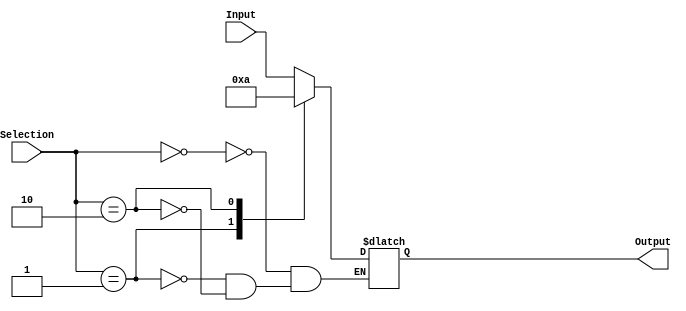
`timescale 1ns / 1ps
//////////////////////////////////////////////////////////////////////////////////
// Company: 
// Engineer: 
// 
// Design Name: 
// Module Name:    InputOrZeroMux 
// Project Name: 
// Target Devices: 
// Tool versions: 
// Description: 
//
// Dependencies: 
//
// Revision: 
// Revision 0.01 - File Created
// Additional Comments: 
//
//////////////////////////////////////////////////////////////////////////////////
module Mux_MemDest(
    input [15:0] Input,
    output reg [15:0] Output,
    input [1:0] Selection
    );
	 
	always @ (Selection or Input)
	begin
		case(Selection) 
			0 : Output = Input;
			1 : Output = 0;
			2 : Output = 10;
		endcase 
		//$display("MemDest Selection: %d Value: %d",Selection,Output);
	end


endmodule